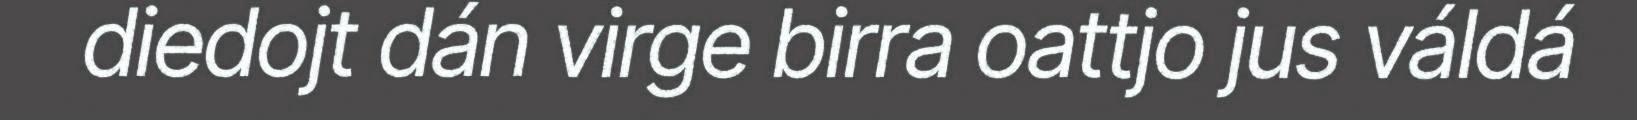
diedojt dán virge birra oattjo jus váldá